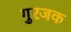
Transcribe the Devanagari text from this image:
गुरजक